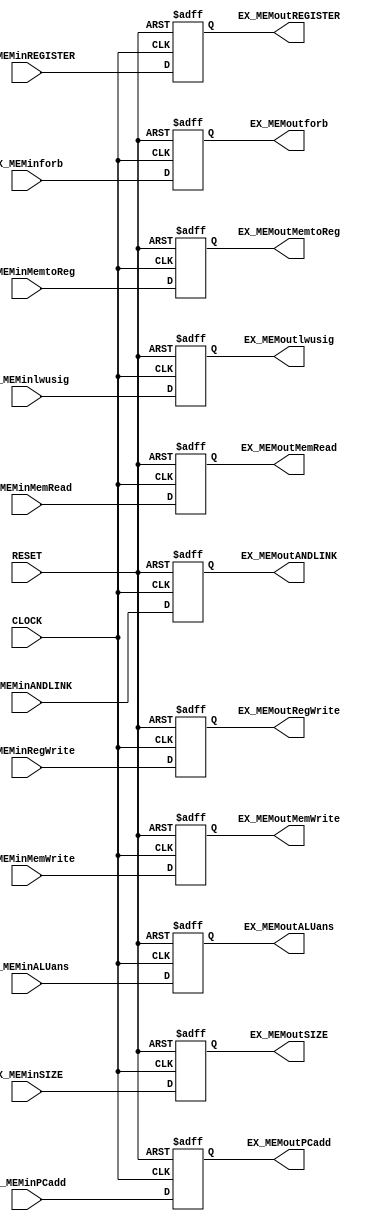
module exmempipe(
    CLOCK,RESET,
    //
    EX_MEMinMemRead,EX_MEMinMemtoReg,EX_MEMinMemWrite,EX_MEMinRegWrite,
    EX_MEMinlwusig,
    EX_MEMinSIZE,
    /*CTRL 6lines*/
    EX_MEMinPCadd,//7
    /*PC address*/
    EX_MEMinALUans,EX_MEMinforb,//8,9
    EX_MEMinANDLINK,//10
    EX_MEMinREGISTER,//11

    //------------------------------------------------------>
    
    EX_MEMoutMemRead,EX_MEMoutMemtoReg,EX_MEMoutMemWrite,EX_MEMoutRegWrite,
    EX_MEMoutlwusig,
    EX_MEMoutSIZE,
    /*CTRL 6lines*/
    EX_MEMoutPCadd,//7
    /*PC address*/
    EX_MEMoutALUans,EX_MEMoutforb,//8,9
    EX_MEMoutANDLINK,//10
    EX_MEMoutREGISTER//11

);
    input CLOCK,RESET;
    //
    input EX_MEMinMemRead,EX_MEMinMemtoReg,EX_MEMinMemWrite,EX_MEMinRegWrite;
    input EX_MEMinlwusig;
    input [1:0]EX_MEMinSIZE;
    /*CTRL 6lines*/
    input [31:0] EX_MEMinPCadd;//7
    /*PC address*/
    input [31:0] EX_MEMinALUans,EX_MEMinforb;//8,9
    input EX_MEMinANDLINK;//10
    input [4:0] EX_MEMinREGISTER;//11

    //------------------------------------------------------>
    
    output reg EX_MEMoutMemRead,EX_MEMoutMemtoReg,EX_MEMoutMemWrite,EX_MEMoutRegWrite;
    output reg EX_MEMoutlwusig;
    output reg [1:0]EX_MEMoutSIZE;
    /*CTRL 6lines*/
    output reg [31:0] EX_MEMoutPCadd;//7
    /*PC address*/
    output reg [31:0] EX_MEMoutALUans,EX_MEMoutforb;//8,9
    output reg EX_MEMoutANDLINK;//10
    output reg [4:0] EX_MEMoutREGISTER;//11





    always@(posedge CLOCK or negedge RESET) begin
        if (RESET == 1'b0) begin
            EX_MEMoutSIZE <= 0;
            EX_MEMoutMemRead<= 0;
            EX_MEMoutMemtoReg<= 0;
            EX_MEMoutMemWrite<= 0;
            EX_MEMoutRegWrite<= 0;
            EX_MEMoutlwusig<= 0;
            /*CTRL 6lines*/
            EX_MEMoutPCadd<= 0;//7
            /*PC address*/
            EX_MEMoutALUans<= 0;
            EX_MEMoutforb<= 0;//8,9
            EX_MEMoutANDLINK<= 0;//10
            EX_MEMoutREGISTER<= 0;//11
        end 
        else if(CLOCK == 1'b1) begin
            EX_MEMoutSIZE <= EX_MEMinSIZE;
            EX_MEMoutMemRead<= EX_MEMinMemRead;
            EX_MEMoutMemtoReg<= EX_MEMinMemtoReg;
            EX_MEMoutMemWrite<= EX_MEMinMemWrite;
            EX_MEMoutRegWrite<= EX_MEMinRegWrite;
            EX_MEMoutlwusig<= EX_MEMinlwusig;
            /*CTRL 6lines*/
            EX_MEMoutPCadd<= EX_MEMinPCadd;//7
            /*PC address*/
            EX_MEMoutALUans<= EX_MEMinALUans;
            EX_MEMoutforb<= EX_MEMinforb;//8,9
            EX_MEMoutANDLINK<= EX_MEMinANDLINK;//10
            EX_MEMoutREGISTER<= EX_MEMinREGISTER;//11
        end
    end
endmodule